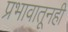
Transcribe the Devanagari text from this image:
प्रभावातूनही